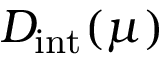
D _ { \mathrm { i n t } } ( \mu )